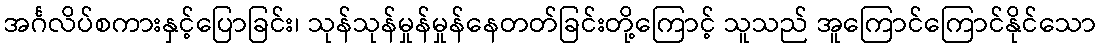
အင်္ဂလိပ်စကားနှင့်ပြောခြင်း၊ သုန်သုန်မှုန်မှုန်နေတတ်ခြင်းတို့ကြောင့် သူသည် အူကြောင်ကြောင်နိုင်သော